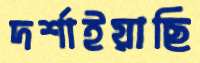
দর্শাইয়াছি